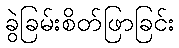
ခွဲခြမ်းစိတ်ဖြာခြင်း